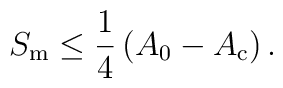
S_{\rm m} \leq \frac{1}{4} \left( A_0 - A_{\rm c} \right) .